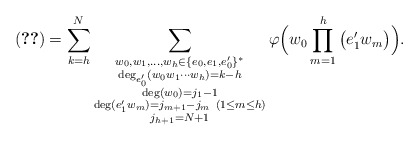
\begin{align*}\eqref{eq3_9} &= \sum_{k=h}^N \sum_{\substack{w_0,w_1,\ldots,w_h\in \{e_0,e_1,e_0'\}^*\\ \deg_{e_0'} (w_0w_1\cdots w_h) = k-h\\ \deg (w_0)= j_1-1 \\ \deg (e_1'w_m)=j_{m+1}-j_m \ (1\le m\le h) \\ j_{h+1}=N+1}} \varphi \Big( w_0 \prod_{m=1}^h \big(e_1' w_m \big) \Big).\end{align*}